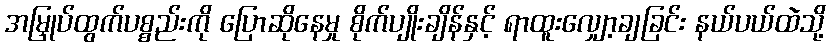
အမြှုပ်ထွက်ပစ္စည်းကို ပြောဆိုနေမှု စိုက်ပျိုးချိန်နှင့် ရာထူးလျှော့ချခြင်း နယ်ပယ်ထဲသို့